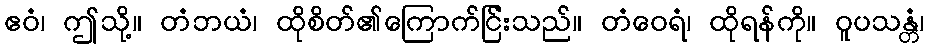
ဧဝံ၊ ဤသို့။ တံဘယံ၊ ထိုစိတ်၏ကြောက်ငြ်းသည်။ တံဝေရံ၊ ထိုရန်ကို။ ဝူပသန္တံ၊